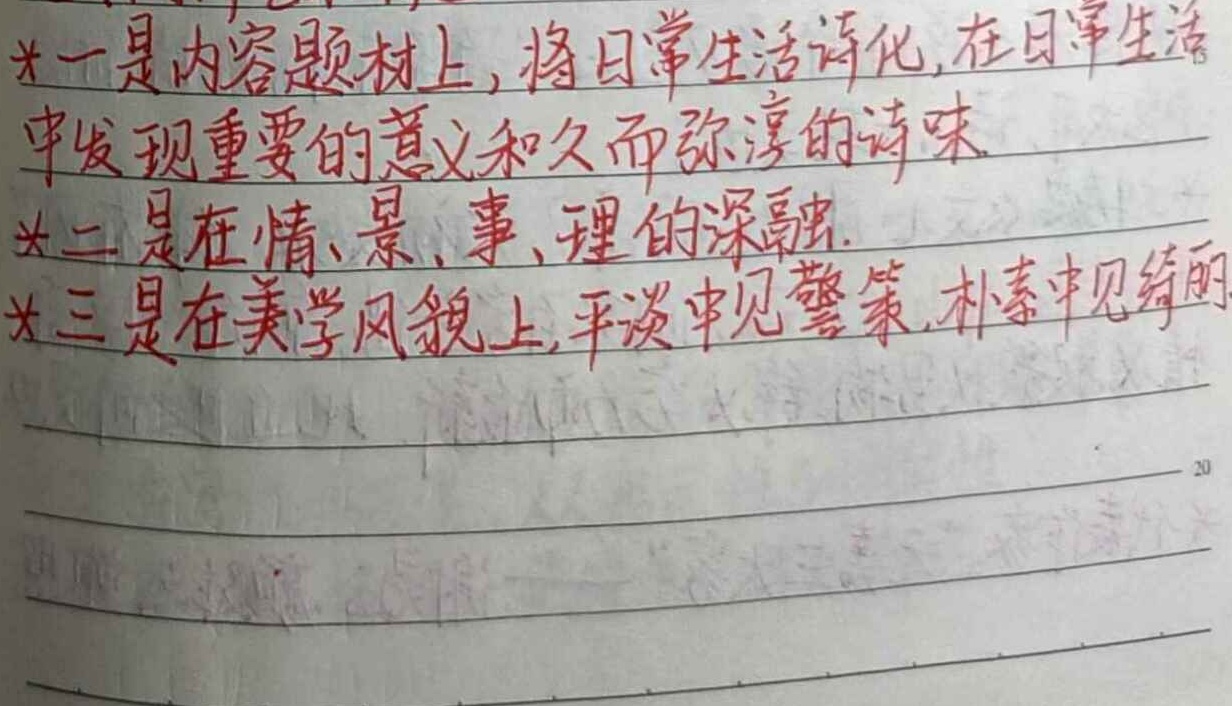
一是内容题材上，将日常生活诗化，在日常生活中发现重要的意义和久而弥淳的诗味。二是在情、景、事、理的深融。三是在美学风貌上，平淡中见警策，朴素中见绮丽。